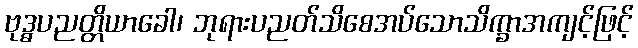
ဗုဒ္ဓပညတ္တိယာခေါ၊ ဘုရားပညတ်သိစေအပ်သောသိက္ခာအကျင့်ဖြင့်